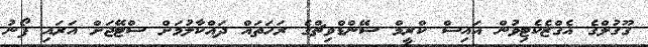
ގޫގުލްގެ އެގްޒެކެޓިވުން އައިސް ކްރީމް ސޭންޑްވިޗްގެ ރަހަތައް ދައްކާލުމަށް ސްޓޭޖަށް އަރައި ފޯނު